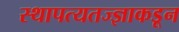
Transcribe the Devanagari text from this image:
स्थापत्यतज्‍ज्ञाकडून